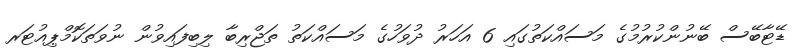
ޑޭޓާބޭސް ބޭނުންކުރުމުގެ މަސައްކަތުގައި 6 އަހަރު ދުވަހުގެ މަސައްކަތު ތަޖްރިބާ ލިބިފައިވުން ނުވަތަކޮމްޕިއުޓަރ